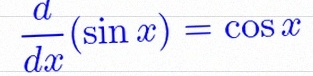
\frac{d}{dx}(\sin x)=\cos x